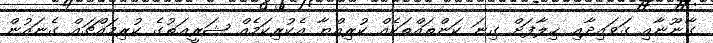
ގާނޫނާއި ގަވައިދާއި ޚިލާފަށް ގިނަ ކަންތައްތަކެއް ކުރިއްޔާ އެކުރިކަމެއް ޝަރީޢަތުގެ ކުރިމައްޗައް ގެނައުން